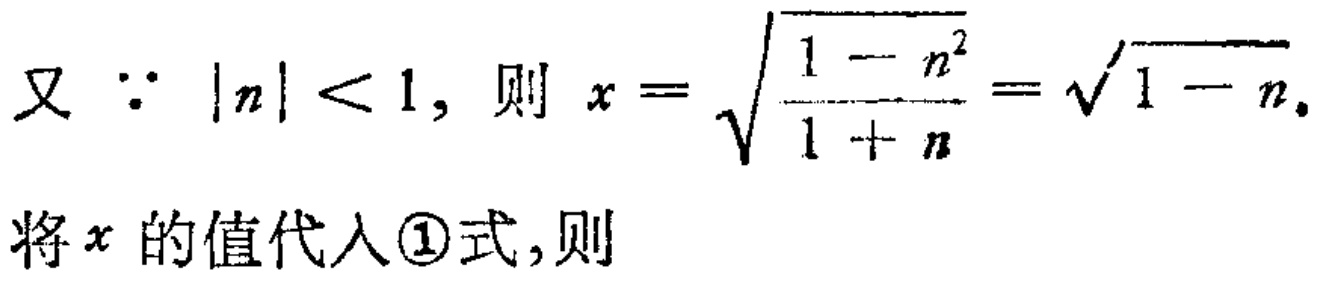
又 \(\because |n| < 1\)，则 \(x = \sqrt{\frac{1 - n^{2}}{1 + n}}=\sqrt{1 - n}\)。
将 \(x\) 的值代入\textcircled{1}式，则